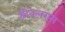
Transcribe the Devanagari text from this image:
श्रीबलराम